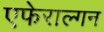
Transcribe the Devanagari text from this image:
एफेराल्गन